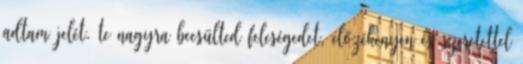
adtam jelét. te nagyra becsülted feleségedet, előzékenyen és szeretettel